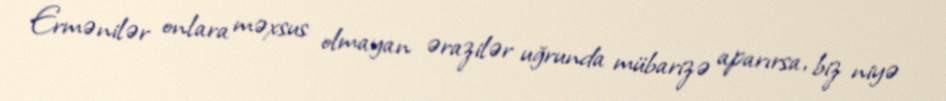
Ermənilər onlara məxsus olmayan ərazilər uğrunda mübarizə aparırsa, biz niyə